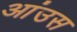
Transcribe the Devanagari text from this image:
आंउस